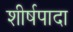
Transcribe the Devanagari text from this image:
शीर्षपादा